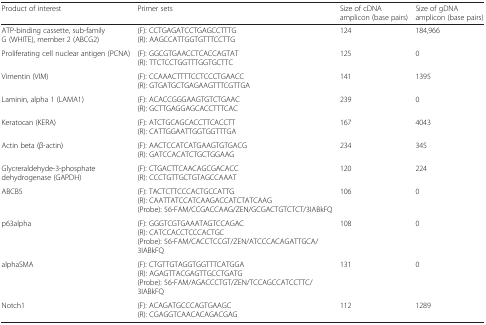
| Product of interest | Primer sets | Size of cDNA amplicon (base pairs) | Size of gDNA amplicon (base pairs) |
 | --- | --- | --- | --- |
 | ATP-binding cassette, sub-family G (WHITE), member 2 (ABCG2) | (F): CCTGAGATCCTGAGCCTTTG(R): AAGCCATTGGTGTTTCCTTG | 124 | 184,966 |
 | Proliferating cell nuclear antigen (PCNA) | (F): GGCGTGAACCTCACCAGTAT(R): TTCTCCTGGTTTGGTGCTTC | 125 | 0 |
 | Vimentin (VIM) | (F): CCAAACTTTTCCTCCCTGAACC(R): GTGATGCTGAGAAGTTTCGTTGA | 141 | 1395 |
 | Laminin, alpha 1 (LAMA1) | (F): ACACCGGGAAGTGTCTGAAC(R): GCTTGAGGAGCACCTTTCAC | 239 | 0 |
 | Keratocan (KERA) | (F): ATCTGCAGCACCTTCACCTT(R): CATTGGAATTGGTGGTTTGA | 167 | 4043 |
 | Actin beta (β-actin) | (F): AACTCCATCATGAAGTGTGACG(R): GATCCACATCTGCTGGAAG | 234 | 345 |
 | Glycreraldehyde-3-phosphate dehydrogenase (GAPDH) | (F): CTGACTTCAACAGCGACACC(R): CCCTGTTGCTGTAGCCAAAT | 120 | 224 |
 | ABCB5 | (F): TACTCTTCCCACTGCCATTG(R): CAATTATCCATCAAGACCATCTATCAAG(Probe): 56-FAM/CCGACCAAG/ZEN/GCGACTGTCTCT/3IABkFQ | 106 | 0 |
 | p63alpha | (F): GGGTCGTGAAATAGTCCAGAC(R): CATCCACCTCCCACTGC(Probe): 56-FAM/CACCTCCGT/ZEN/ATCCCACAGATTGCA/3IABkFQ | 108 | 0 |
 | alphaSMA | (F): CTGTTGTAGGTGGTTTCATGGA(R): AGAGTTACGAGTTGCCTGATG(Probe): 56-FAM/AGACCCTGT/ZEN/TCCAGCCATCCTTC/3IABkFQ | 131 | 0 |
 | Notch1 | (F): ACAGATGCCCAGTGAAGC(R): CGAGGTCAACACAGACGAG | 112 | 1289 |